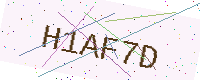
Text: H1AF7D